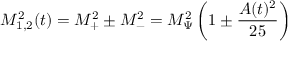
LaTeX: M _ { 1 , 2 } ^ { 2 } ( t ) = M _ { + } ^ { 2 } \pm M _ { - } ^ { 2 } = M _ { \Psi } ^ { 2 } \left( 1 \pm \frac { A ( t ) ^ { 2 } } { 2 5 } \right)